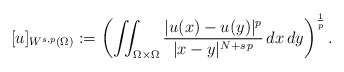
\begin{align*}[u]_{W^{s,p}(\Omega)}:=\left(\iint_{\Omega \times \Omega} \frac{|u(x)-u(y)|^p}{|x-y|^{N+s\,p}}\,dx\,dy\right)^\frac{1}{p}.\end{align*}